Plague in India, 1896, 1897 - Volume 3
Year: 1896
Disease focus: Plague
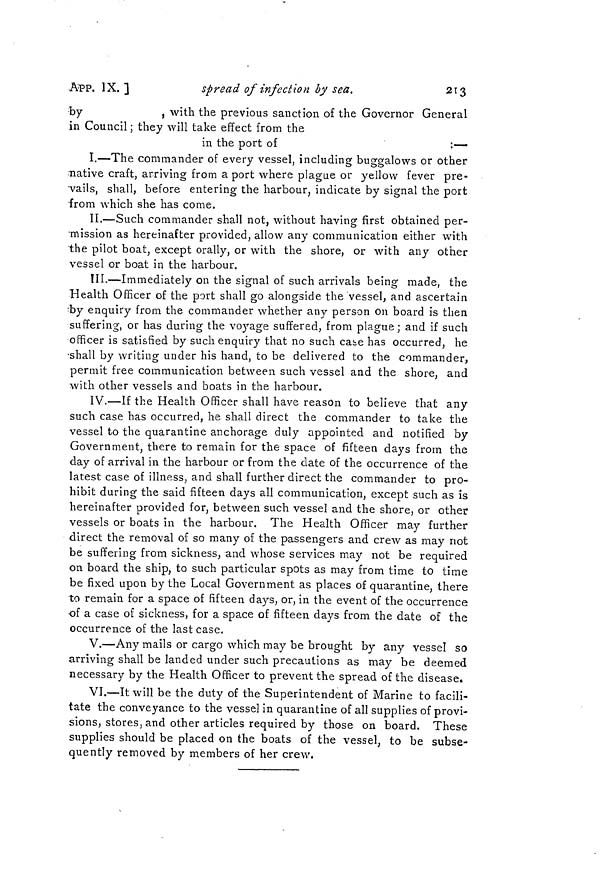
213
APP. IX. ]
spread of infection by sea.
by
, with the previous sanction of the Governor General
in Council ; they will take effect from the
in the port of
:—
I.—The commander of every vessel, including buggalows or other
native craft, arriving from a port where plague or yellow fever pre-
vails, shall, before entering the harbour, indicate by signal the port
from which she has come.
II.—Such commander shall not, without having first obtained per-
mission as hereinafter provided, allow any communication either with
the pilot boat, except orally, or with the shore, or with any other
vessel or boat in the harbour.
III.—Immediately on the signal of such arrivals being made, the
Health Officer of the port shall go alongside the vessel, and ascertain
by enquiry from the commander whether any person On board is then
suffering, or has during the voyage suffered, from plague; and if such
officer is satisfied by such enquiry that no such case has occurred, he
shall by writing under his hand, to be delivered to the commander,
permit free communication between such vessel and the shore, and
with other vessels and boats in the harbour.
IV.—If the Health Officer shall have reason to believe that any
such case has occurred, he shall direct the commander to take the
vessel to the quarantine anchorage duly appointed and notified by
Government, there to remain for the space of fifteen days from the
day of arrival in the harbour or from the elate of the occurrence of the
latest case of illness, and shall further direct the commander to pro-
hibit during the said fifteen days all communication, except such as is
hereinafter provided for, between such vessel and the shore, or other
vessels or boats in the harbour. The Health Officer may further
direct the removal of so many of the passengers and crew as may not
be suffering from sickness, and whose services may not be required
on board the ship, to such particular spots as may from time to time
be fixed upon by the Local Government as places of quarantine, there
to remain for a space of fifteen days, or, in the event of the occurrence
of a case of sickness, for a space of fifteen days from the date of the
occurrence of the last case,
V.—Any mails or cargo which may be brought by any vessel so
arriving shall be landed under such precautions as may be deemed
necessary by the Health Officer to prevent the spread of the disease.
VI.—It will be the duty of the Superintendent of Marine to facili-
tate the conveyance to the vessel in quarantine of all supplies of provi-
sions, stores, and other articles required by those on board. These
supplies should be placed on the boats of the vessel, to be subse-
quently removed by members of her crew.